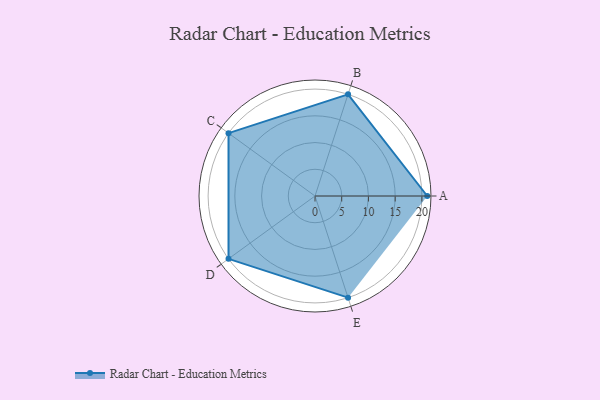
{"axis": {"x": "Skill", "y": "Score"}, "legend": ["Profile"], "data": [{"x": "A", "y": 21.0, "type": "Profile"}, {"x": "B", "y": 20, "type": "Profile"}, {"x": "C", "y": 20, "type": "Profile"}, {"x": "D", "y": 20, "type": "Profile"}, {"x": "E", "y": 20, "type": "Profile"}]}